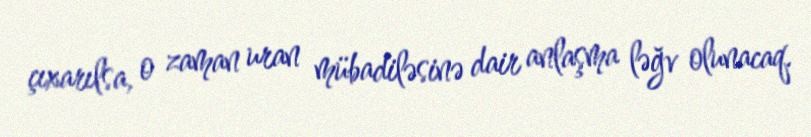
çıxarılsa, o zaman uran mübadiləsinə dair anlaşma ləğv olunacaq.